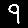
Digit: 9